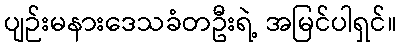
ပျဉ်းမနားဒေသခံတဦးရဲ့ အမြင်ပါရှင်။